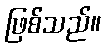
ဖြစ်သည်။